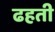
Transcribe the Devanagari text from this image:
ढहती